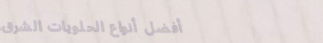
أفضل أنواع الحلويات الشرق